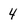
Character: 4